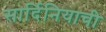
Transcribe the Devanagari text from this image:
सार्दिनियाची